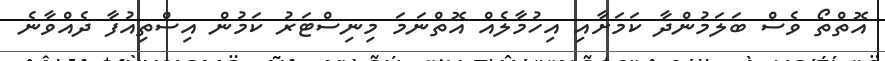
އޮތްތޯ ވެސް ބަލަމުންދާ ކަމަށާއި އިހުމާލެއް އޮތްނަމަ މިނިސްޓަރު ކަމުން އިސްތިއުފާ ދެއްވާނެ